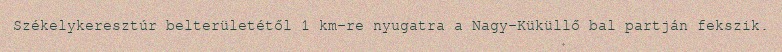
Székelykeresztúr belterületétől 1 km-re nyugatra a Nagy-Küküllő bal partján fekszik.